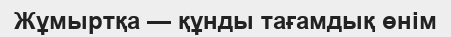
Жұмыртқа — құнды тағамдық өнім